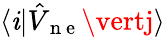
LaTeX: \langle\mathit{i}\vert\hat{{V}}_{\mathrm{{~n~e~}}}\vertj\rangle